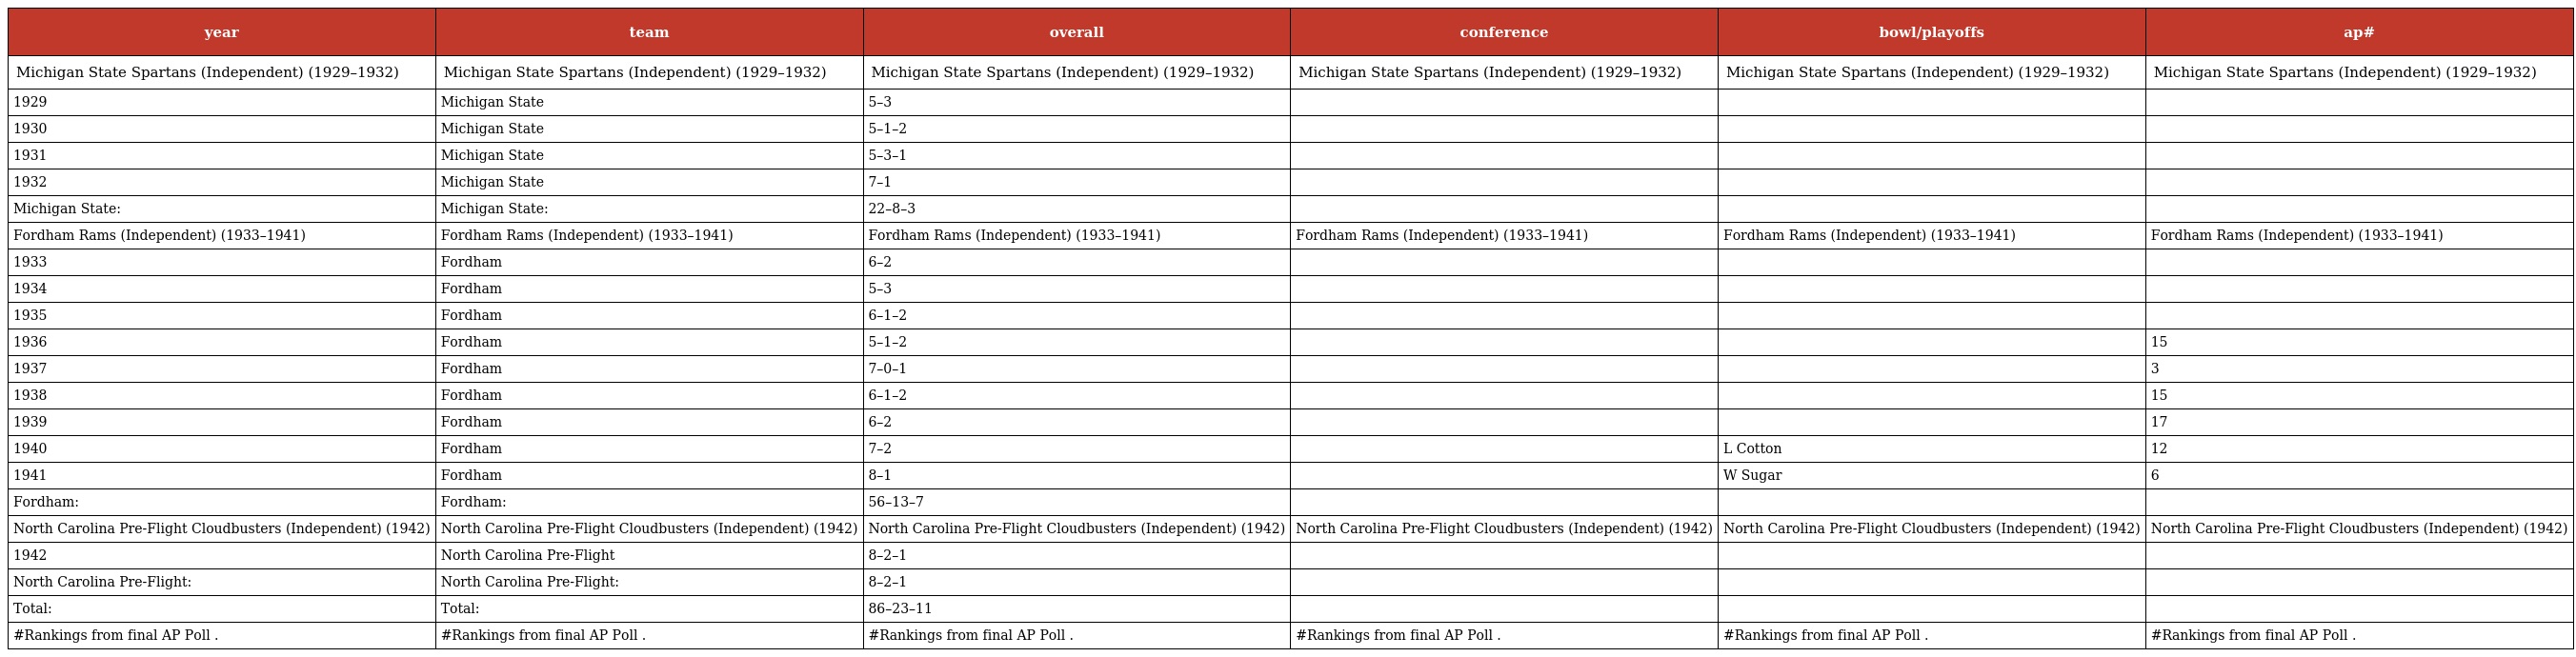
| year | team | overall | conference | bowl/playoffs | ap# |
 | --- | --- | --- | --- | --- | --- |
 | Michigan State Spartans (Independent) (1929–1932) | Michigan State Spartans (Independent) (1929–1932) | Michigan State Spartans (Independent) (1929–1932) | Michigan State Spartans (Independent) (1929–1932) | Michigan State Spartans (Independent) (1929–1932) | Michigan State Spartans (Independent) (1929–1932) |
 | 1929 | Michigan State | 5–3 |  |  |  |
 | 1930 | Michigan State | 5–1–2 |  |  |  |
 | 1931 | Michigan State | 5–3–1 |  |  |  |
 | 1932 | Michigan State | 7–1 |  |  |  |
 | Michigan State: | Michigan State: | 22–8–3 |  |  |  |
 | Fordham Rams (Independent) (1933–1941) | Fordham Rams (Independent) (1933–1941) | Fordham Rams (Independent) (1933–1941) | Fordham Rams (Independent) (1933–1941) | Fordham Rams (Independent) (1933–1941) | Fordham Rams (Independent) (1933–1941) |
 | 1933 | Fordham | 6–2 |  |  |  |
 | 1934 | Fordham | 5–3 |  |  |  |
 | 1935 | Fordham | 6–1–2 |  |  |  |
 | 1936 | Fordham | 5–1–2 |  |  | 15 |
 | 1937 | Fordham | 7–0–1 |  |  | 3 |
 | 1938 | Fordham | 6–1–2 |  |  | 15 |
 | 1939 | Fordham | 6–2 |  |  | 17 |
 | 1940 | Fordham | 7–2 |  | L Cotton | 12 |
 | 1941 | Fordham | 8–1 |  | W Sugar | 6 |
 | Fordham: | Fordham: | 56–13–7 |  |  |  |
 | North Carolina Pre-Flight Cloudbusters (Independent) (1942) | North Carolina Pre-Flight Cloudbusters (Independent) (1942) | North Carolina Pre-Flight Cloudbusters (Independent) (1942) | North Carolina Pre-Flight Cloudbusters (Independent) (1942) | North Carolina Pre-Flight Cloudbusters (Independent) (1942) | North Carolina Pre-Flight Cloudbusters (Independent) (1942) |
 | 1942 | North Carolina Pre-Flight | 8–2–1 |  |  |  |
 | North Carolina Pre-Flight: | North Carolina Pre-Flight: | 8–2–1 |  |  |  |
 | Total: | Total: | 86–23–11 |  |  |  |
 | #Rankings from final AP Poll . | #Rankings from final AP Poll . | #Rankings from final AP Poll . | #Rankings from final AP Poll . | #Rankings from final AP Poll . | #Rankings from final AP Poll . |